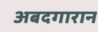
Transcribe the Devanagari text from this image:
अबदगारान